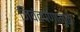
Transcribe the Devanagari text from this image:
जिवंतपणामुळे